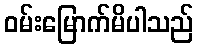
ဝမ်းမြောက်မိပါသည်